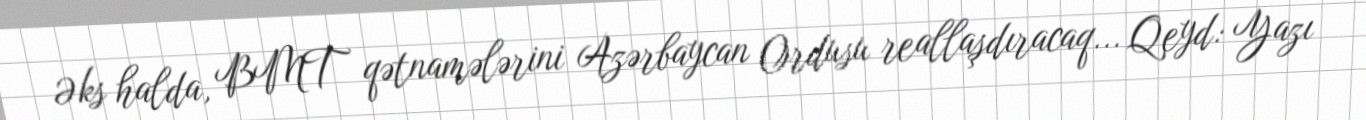
Əks halda, BMT qətnamələrini Azərbaycan Ordusu reallaşdıracaq... Qeyd: Yazı